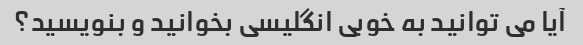
آیا می توانید به خوبی انگلیسی بخوانید و بنویسید؟